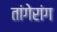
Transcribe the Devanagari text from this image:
तांगेरांग